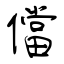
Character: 儅